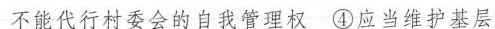
不能代行村委会的自我管理权④应当维护基层